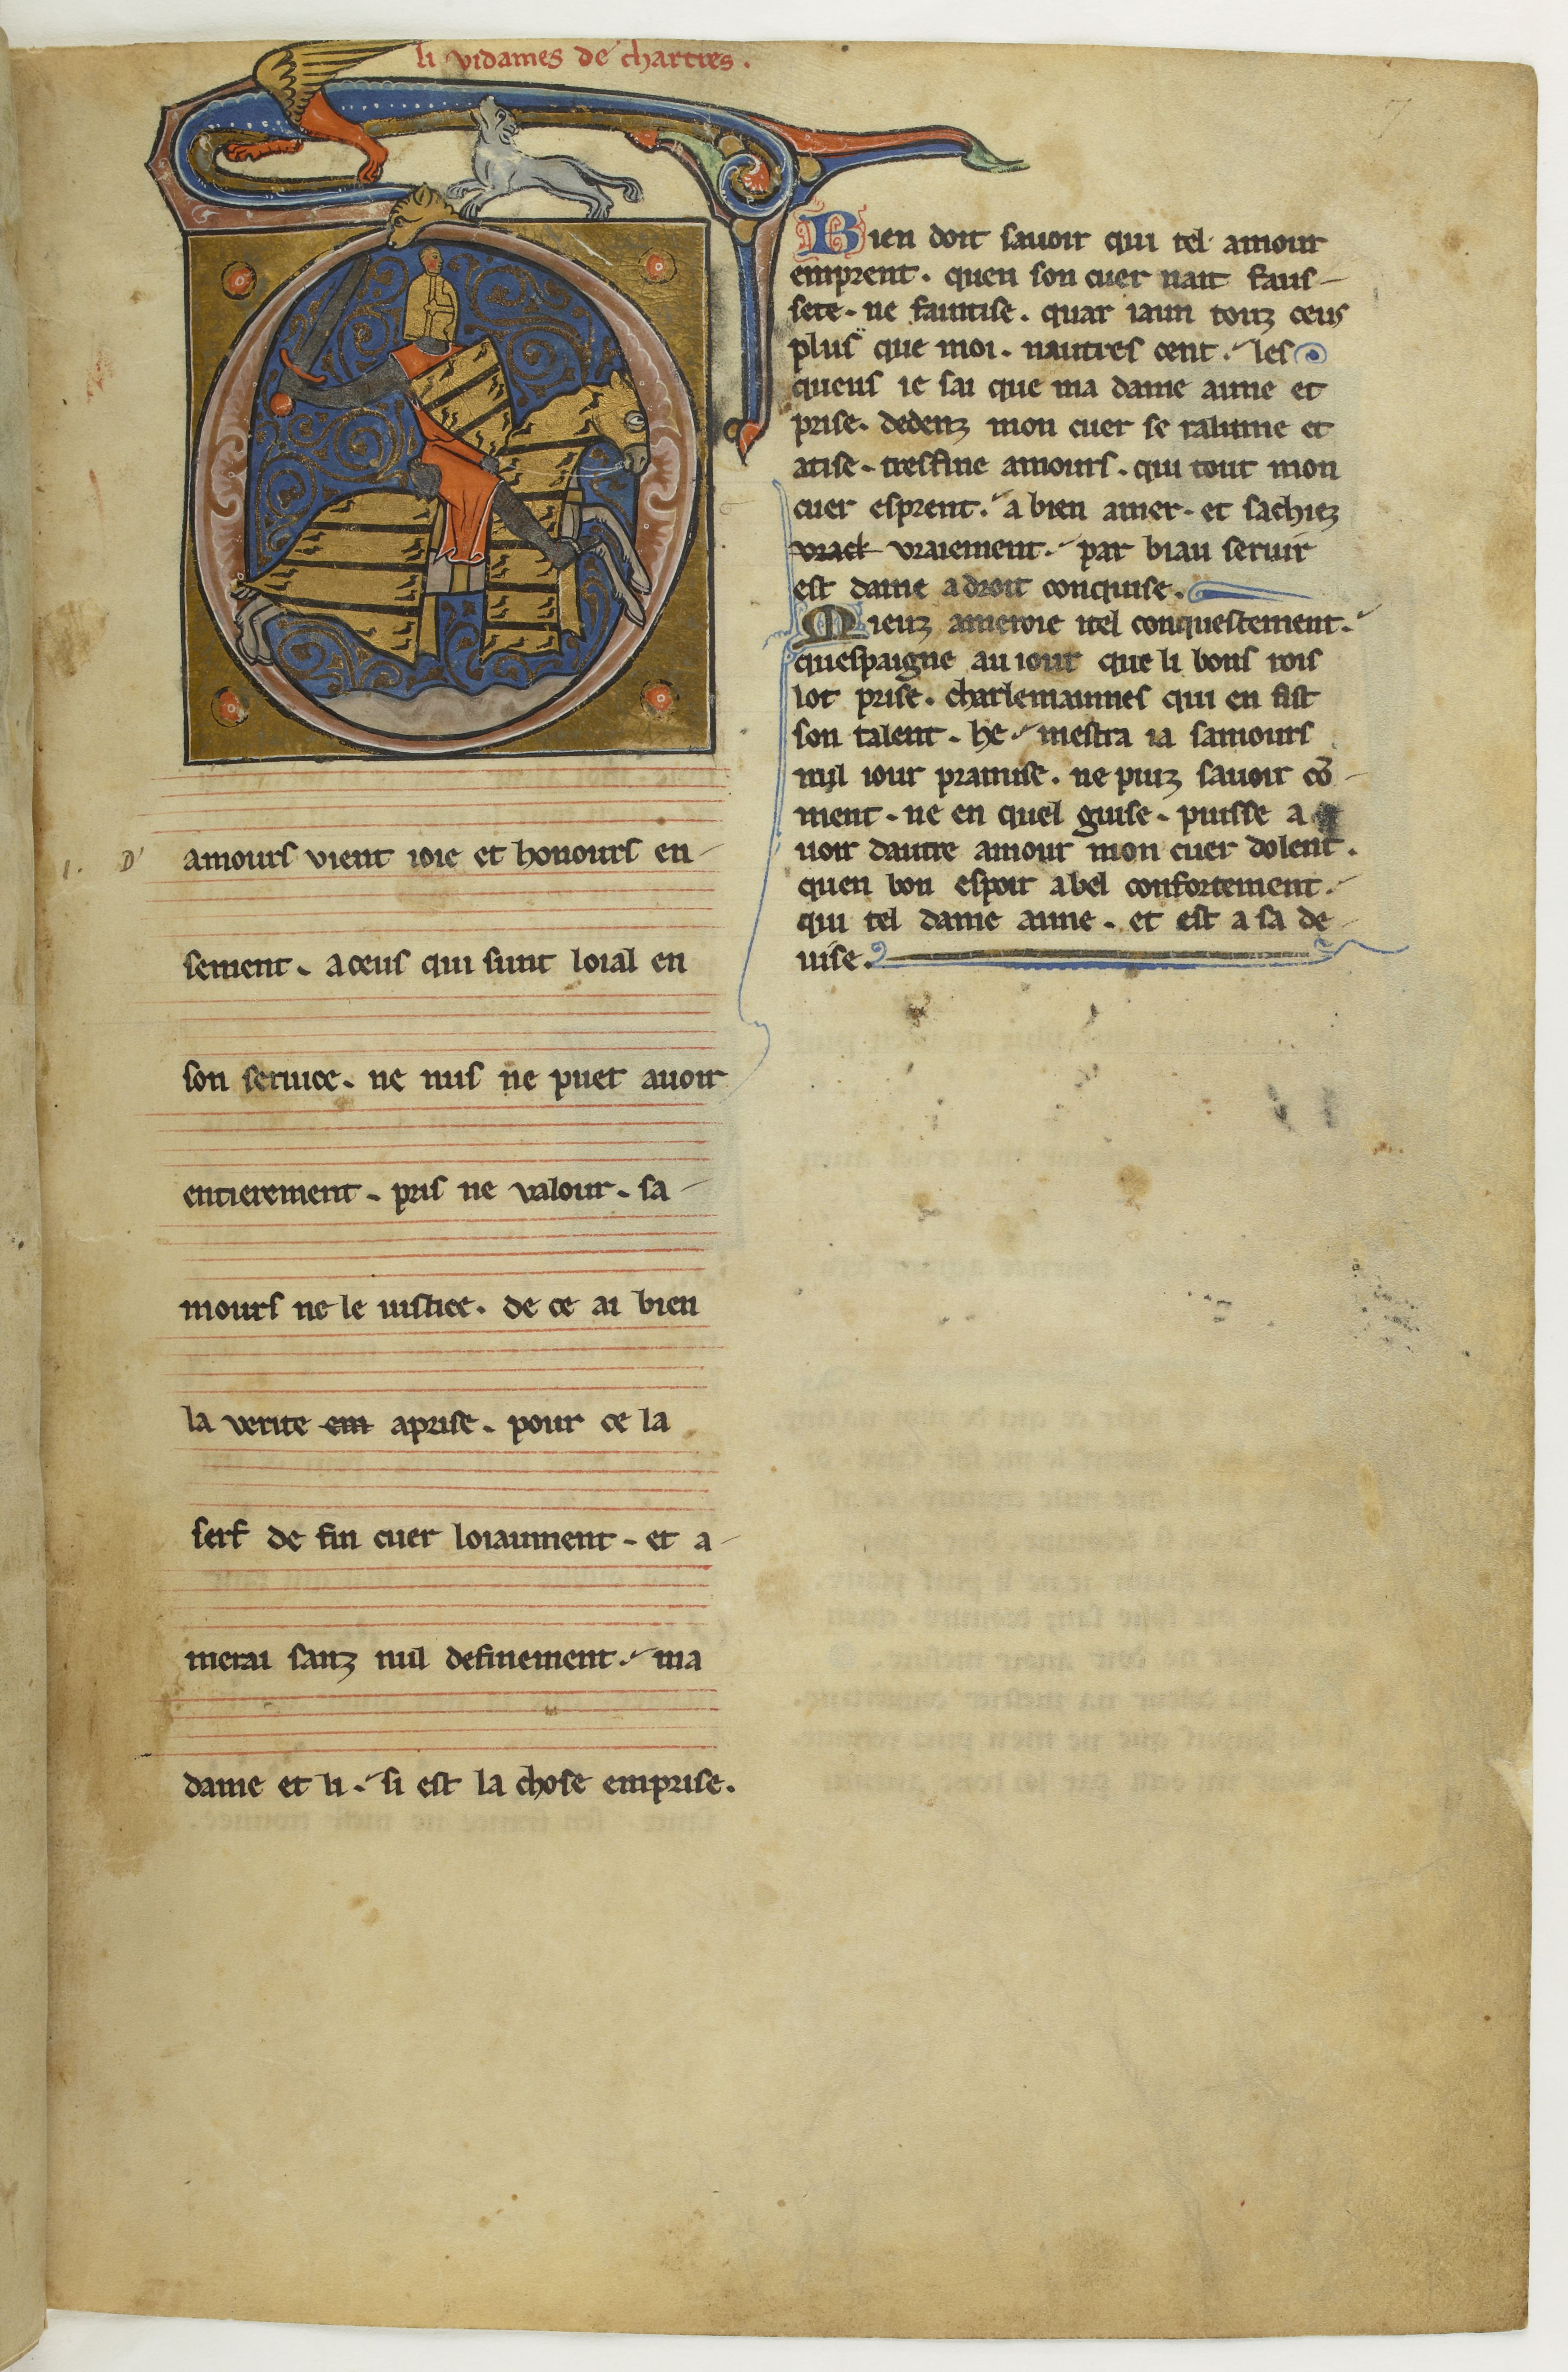
Shelfmark: Paris, BnF, fr. 844
Century: 13